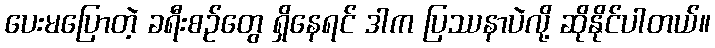
ပေးမပြောတဲ့ ခရီးစဉ်တွေ ရှိနေရင် ဒါက ပြဿနာပဲလို့ ဆိုနိုင်ပါတယ်။